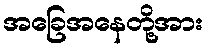
အခြေအနေတို့အား